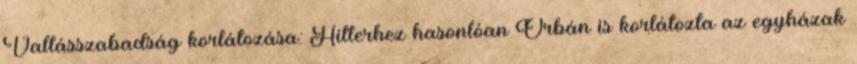
Vallásszabadság korlátozása: Hitlerhez hasonlóan Orbán is korlátozta az egyházak